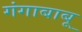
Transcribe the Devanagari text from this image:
गंगाबाबू